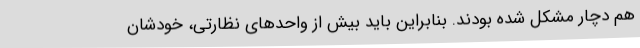
هم دچار مشکل شده بودند. بنابراین باید بیش از واحدهای نظارتی، خودشان